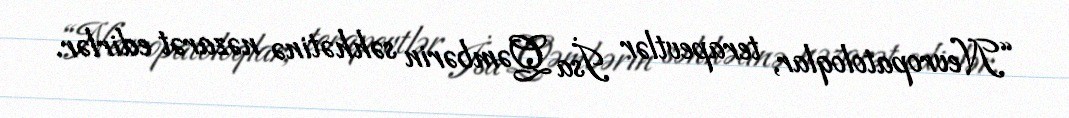
“Nevropatoloqlar, terapevtlər İsa Qəmbərin səhhətinə nəzarət edirlər.